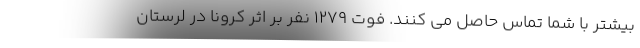
بیشتر با شما تماس حاصل می کنند. فوت ۱۲۷۹ نفر بر اثر کرونا در لرستان